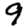
Digit: 9